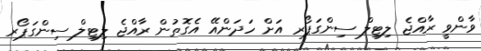
ވާންވީ ރާއްޖެ ލިޓިލް ސިންގަޕޯރ އަށް ހަދަންއޭ އެގޮތުން ރާއްޖެ ލިޓިލް ސިންގަޕޯރ